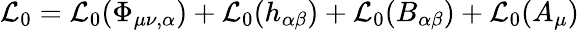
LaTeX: {\cal L}_{0}={\cal L}_{0}(\Phi_{\mu\nu,\alpha})+{\cal L}_{0}(h_{\alpha\beta})+{\cal L}_{0}(B_{\alpha\beta})+{\cal L}_{0}(A_{\mu})